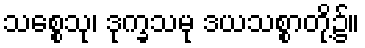
သစ္စေသု၊ ဒုက္ခသမု ဒယသစ္စာတို့၌။